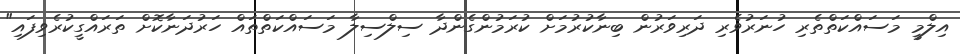
އިލްމީ މަސައްކަތްތެރި ހުނަރުވެރި ދަރިވަރުން ބިނާކުރުމަށް ކުރަމުންގެންދާ ސިލްސިލާ މަސައްކަތްތައް ހަރުދަނާކޮށް ތަރައްގީކުރެވިފައި"